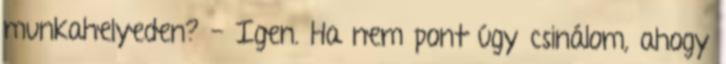
munkahelyeden? - Igen. Ha nem pont úgy csinálom, ahogy